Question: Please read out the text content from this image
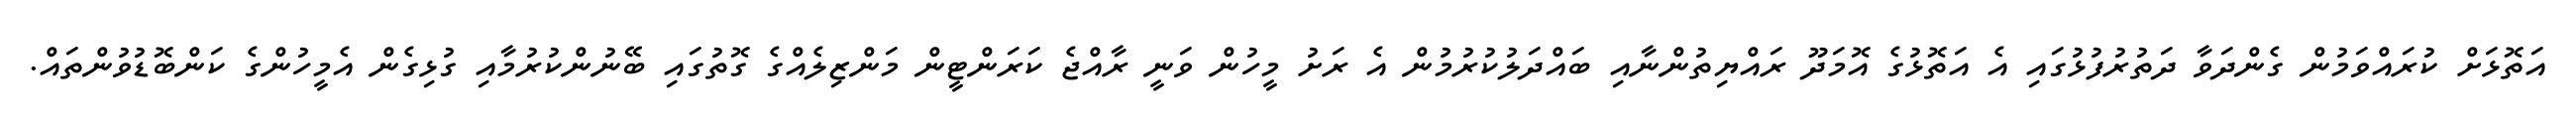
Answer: އަތޮޅަށް ކުރައްވަމުން ގެންދަވާ ދަތުރުފުޅުގައި އެ އަތޮޅުގެ އޮމަދޫ ރައްޔިތުންނާއި ބައްދަލުކުރުމުން އެ ރަށު މީހުން ވަނީ ރާއްޖެ ކަރަންޓީން މަންޒިލެއްގެ ގޮތުގައި ބޭނުންކުރުމާއި ގުޅިގެން އެމީހުންގެ ކަންބޮޑުވުންތައް.